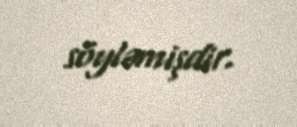
söyləmişdir.